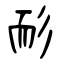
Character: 耏